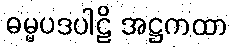
ဓမ္မပဒပါဠိ အဋ္ဌကထာ